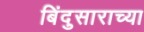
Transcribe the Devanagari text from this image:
बिंदुसाराच्या